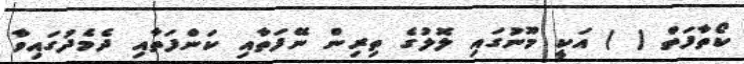
ކޯތާފަތް ( ) އަކީ މޫނުގައި ލޮލުގެ ތިރިން ނޭފަތާއި ކަންފަތާއި ދެމެދުގައިވާ